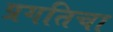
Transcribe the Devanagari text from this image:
प्रगतिचा